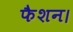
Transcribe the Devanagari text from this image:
फैशन।